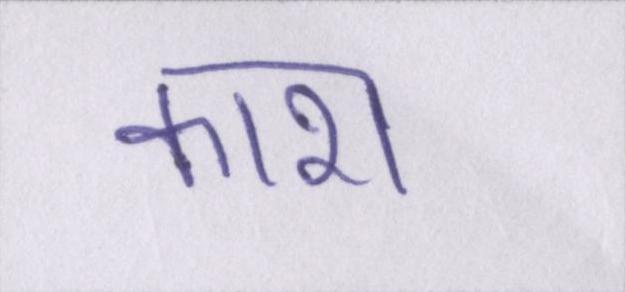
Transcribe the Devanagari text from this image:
काश